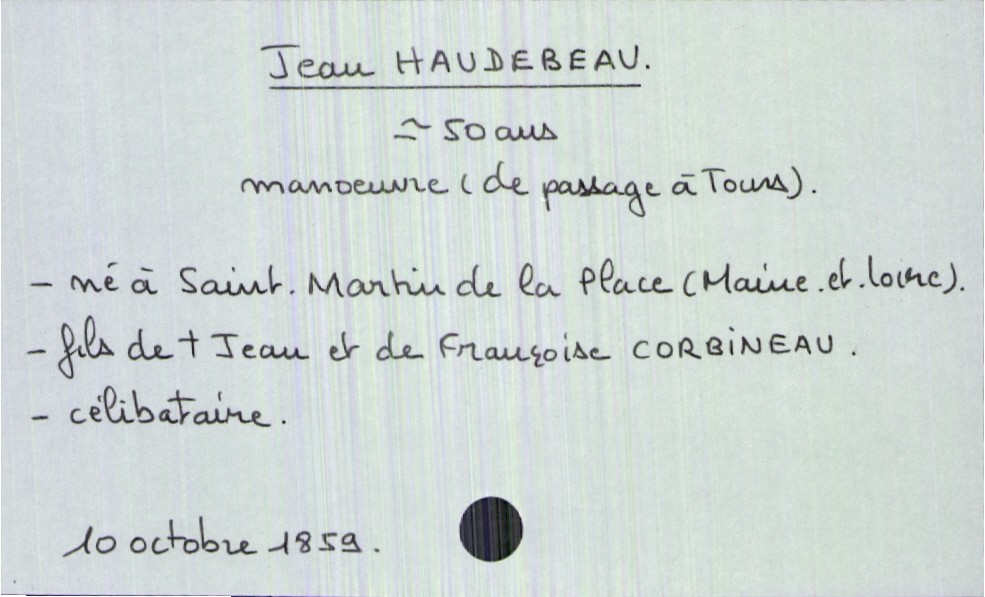
type_acte: Décès
année: 1859
mois: octobre
jour: 10
défunt_nom: Haudebeau
défunt_prénom: Jean
défunt_sexe: H
défunt_âge: 50 ans
défunt_profession: Manoeuvre (de passage à Tours)
défunt_lieu_de_naissance: Saint Martin de la Place (Maine-et-Loire)
défunt_statut: célibataire
père_défunt_nom: Haudebeau
père_défunt_prénom: Jean
père_défunt_statut: décédé
mère_défunt_nom: Corbineau
mère_défunt_prénom: Françoise